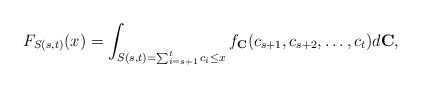
\begin{align*}F_{S(s,t)}(x) = \int_{S(s,t)=\sum_{i=s+1}^{t}c_i \le{x}} f_{\textbf{C}}(c_{s+1},c_{s+2},\ldots,c_t) d\textbf{C},\end{align*}